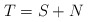
\begin{align*}T=S+N \end{align*}